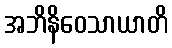
အဘိနိဝေသာယာတိ